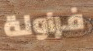
فراولة